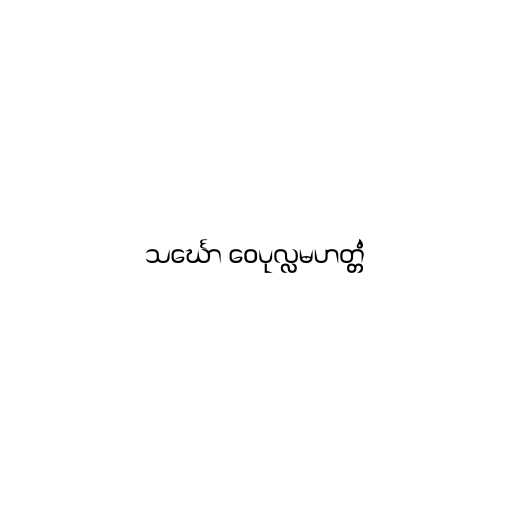
သင်္ဃော ဝေပုလ္လမဟတ္တံ